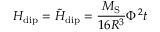
H _ { \mathrm { d i p } } = \tilde { H } _ { \mathrm { d i p } } = \frac { M _ { \mathrm { S } } } { 1 6 R ^ { 3 } } \Phi ^ { 2 } t